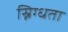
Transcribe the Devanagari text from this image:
स्निग्‍धता